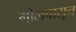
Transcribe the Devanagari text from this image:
गोलपासून